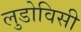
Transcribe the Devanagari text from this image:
लुडोविसी